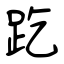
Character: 趷